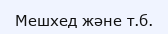
Мешхед және т.б.